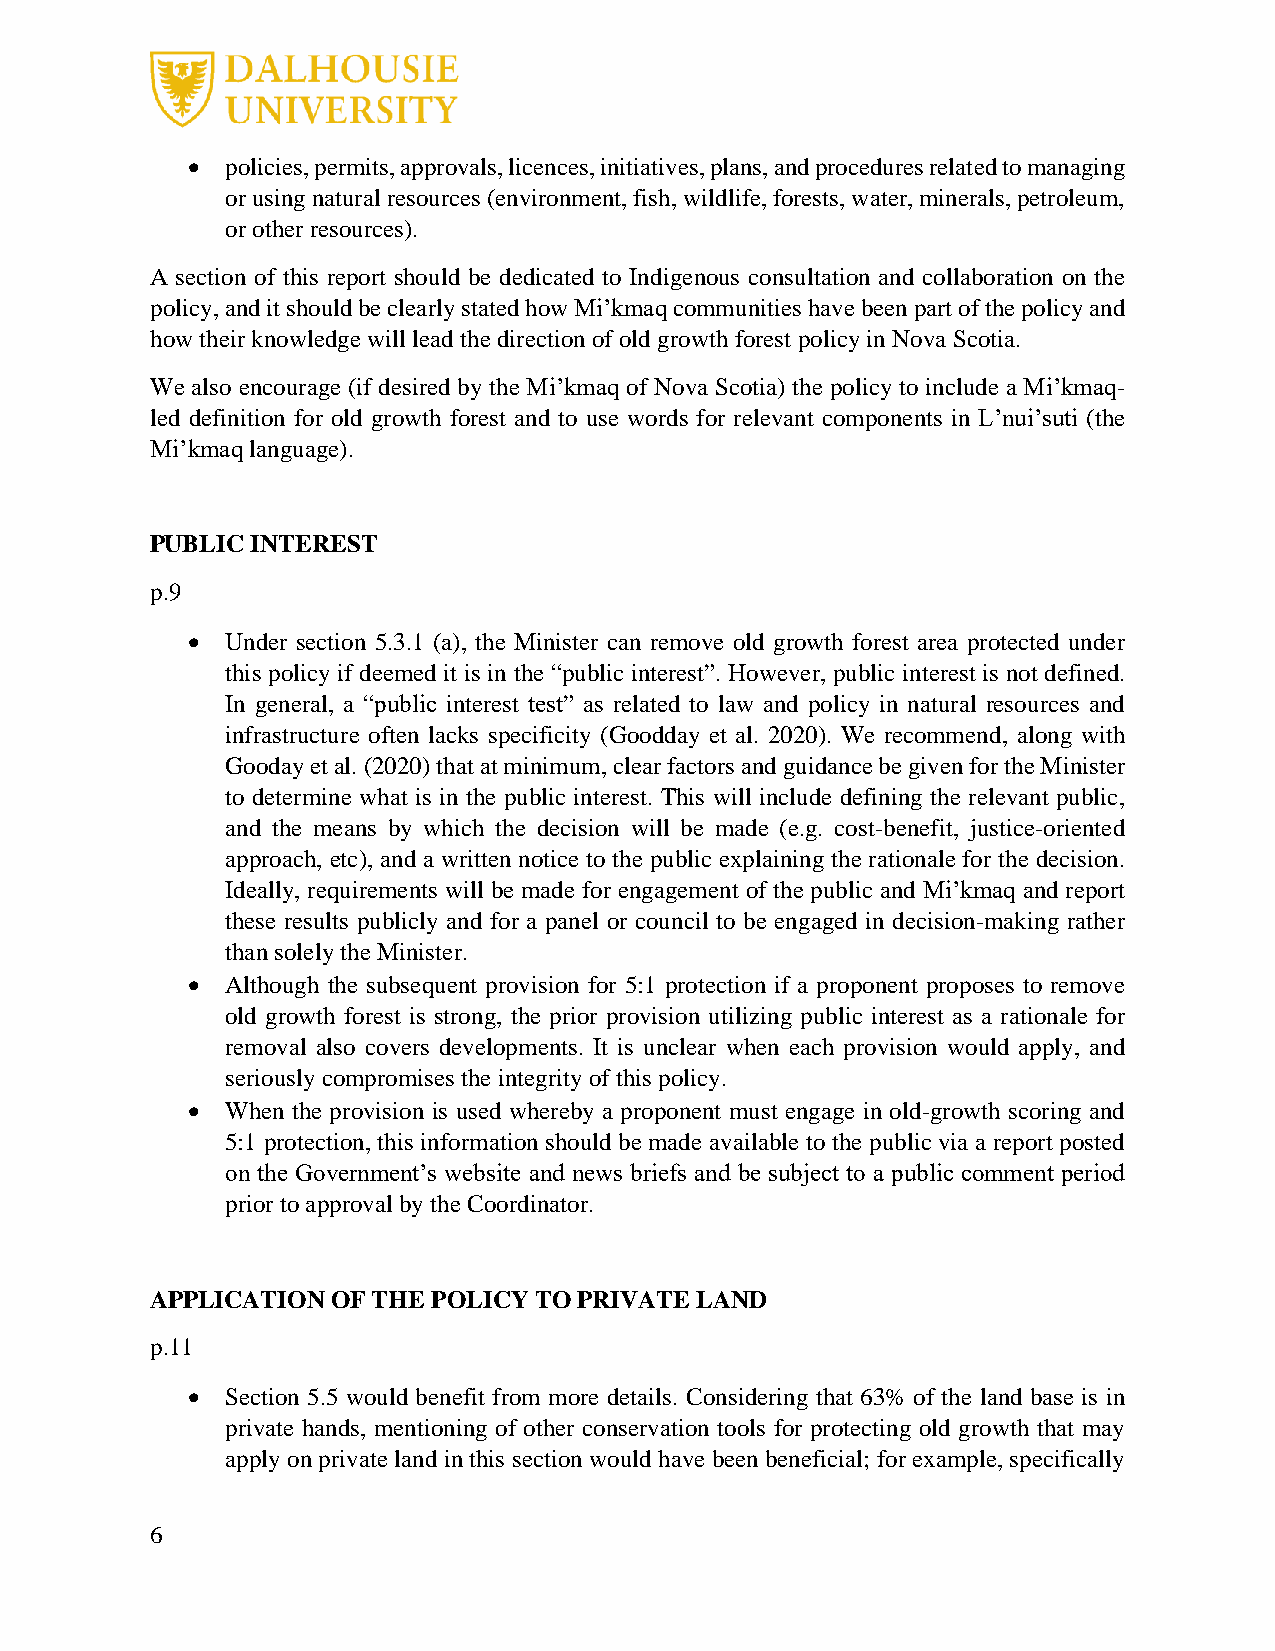
•  policies, permits, approvals, licences, initiatives, plans, and procedures related to managing
 or using natural resources (environment, fish, wildlife, forests, water, minerals, petroleum,
 or other resources).
 A section of this report should be dedicated to Indigenous consultation and collaboration on the
 policy, and it should be clearly stated how Mi’kmaq communities have been part of the policy and
 how their knowledge will lead the direction of old growth forest policy in Nova Scotia.
 We also encourage (if desired by the Mi’kmaq of Nova Scotia) the policy to include a Mi’kmaq-
 led definition for old growth forest and to use words for relevant components in L’nui’suti (the
 Mi’kmaq language).
 PUBLIC INTEREST
 p.9
 •  Under section 5.3.1 (a), the Minister can remove old growth forest area protected under
 this policy if deemed it is in the “public interest”. However, public interest is not defined.
 In general, a “public interest test” as related to law and policy in natural resources and
 infrastructure often lacks specificity (Goodday et al. 2020). We recommend, along with
 Gooday et al. (2020) that at minimum, clear factors and guidance be given for the Minister
 to determine what is in the public interest. This will include defining the relevant public,
 and the means by which the decision will be made (e.g. cost-benefit, justice-oriented
 approach, etc), and a written notice to the public explaining the rationale for the decision.
 Ideally, requirements will be made for engagement of the public and Mi’kmaq and report
 these results publicly and for a panel or council to be engaged in decision-making rather
 than solely the Minister.
 •  Although the subsequent provision for 5:1 protection if a proponent proposes to remove
 old growth forest is strong, the prior provision utilizing public interest as a rationale for
 removal also covers developments. It is unclear when each provision would apply, and
 seriously compromises the integrity of this policy.
 •  When the provision is used whereby a proponent must engage in old-growth scoring and
 5:1 protection, this information should be made available to the public via a report posted
 on the Government’s website and news briefs and be subject to a public comment period
 prior to approval by the Coordinator.
 APPLICATION OF THE POLICY TO PRIVATE LAND
 p.11
 •  Section 5.5 would benefit from more details. Considering that 63% of the land base is in
 private hands, mentioning of other conservation tools for protecting old growth that may
 apply on private land in this section would have been beneficial; for example, specifically
 6